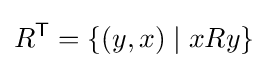
R^{\textsf {T}}=\{(y,x)\mid xRy\}